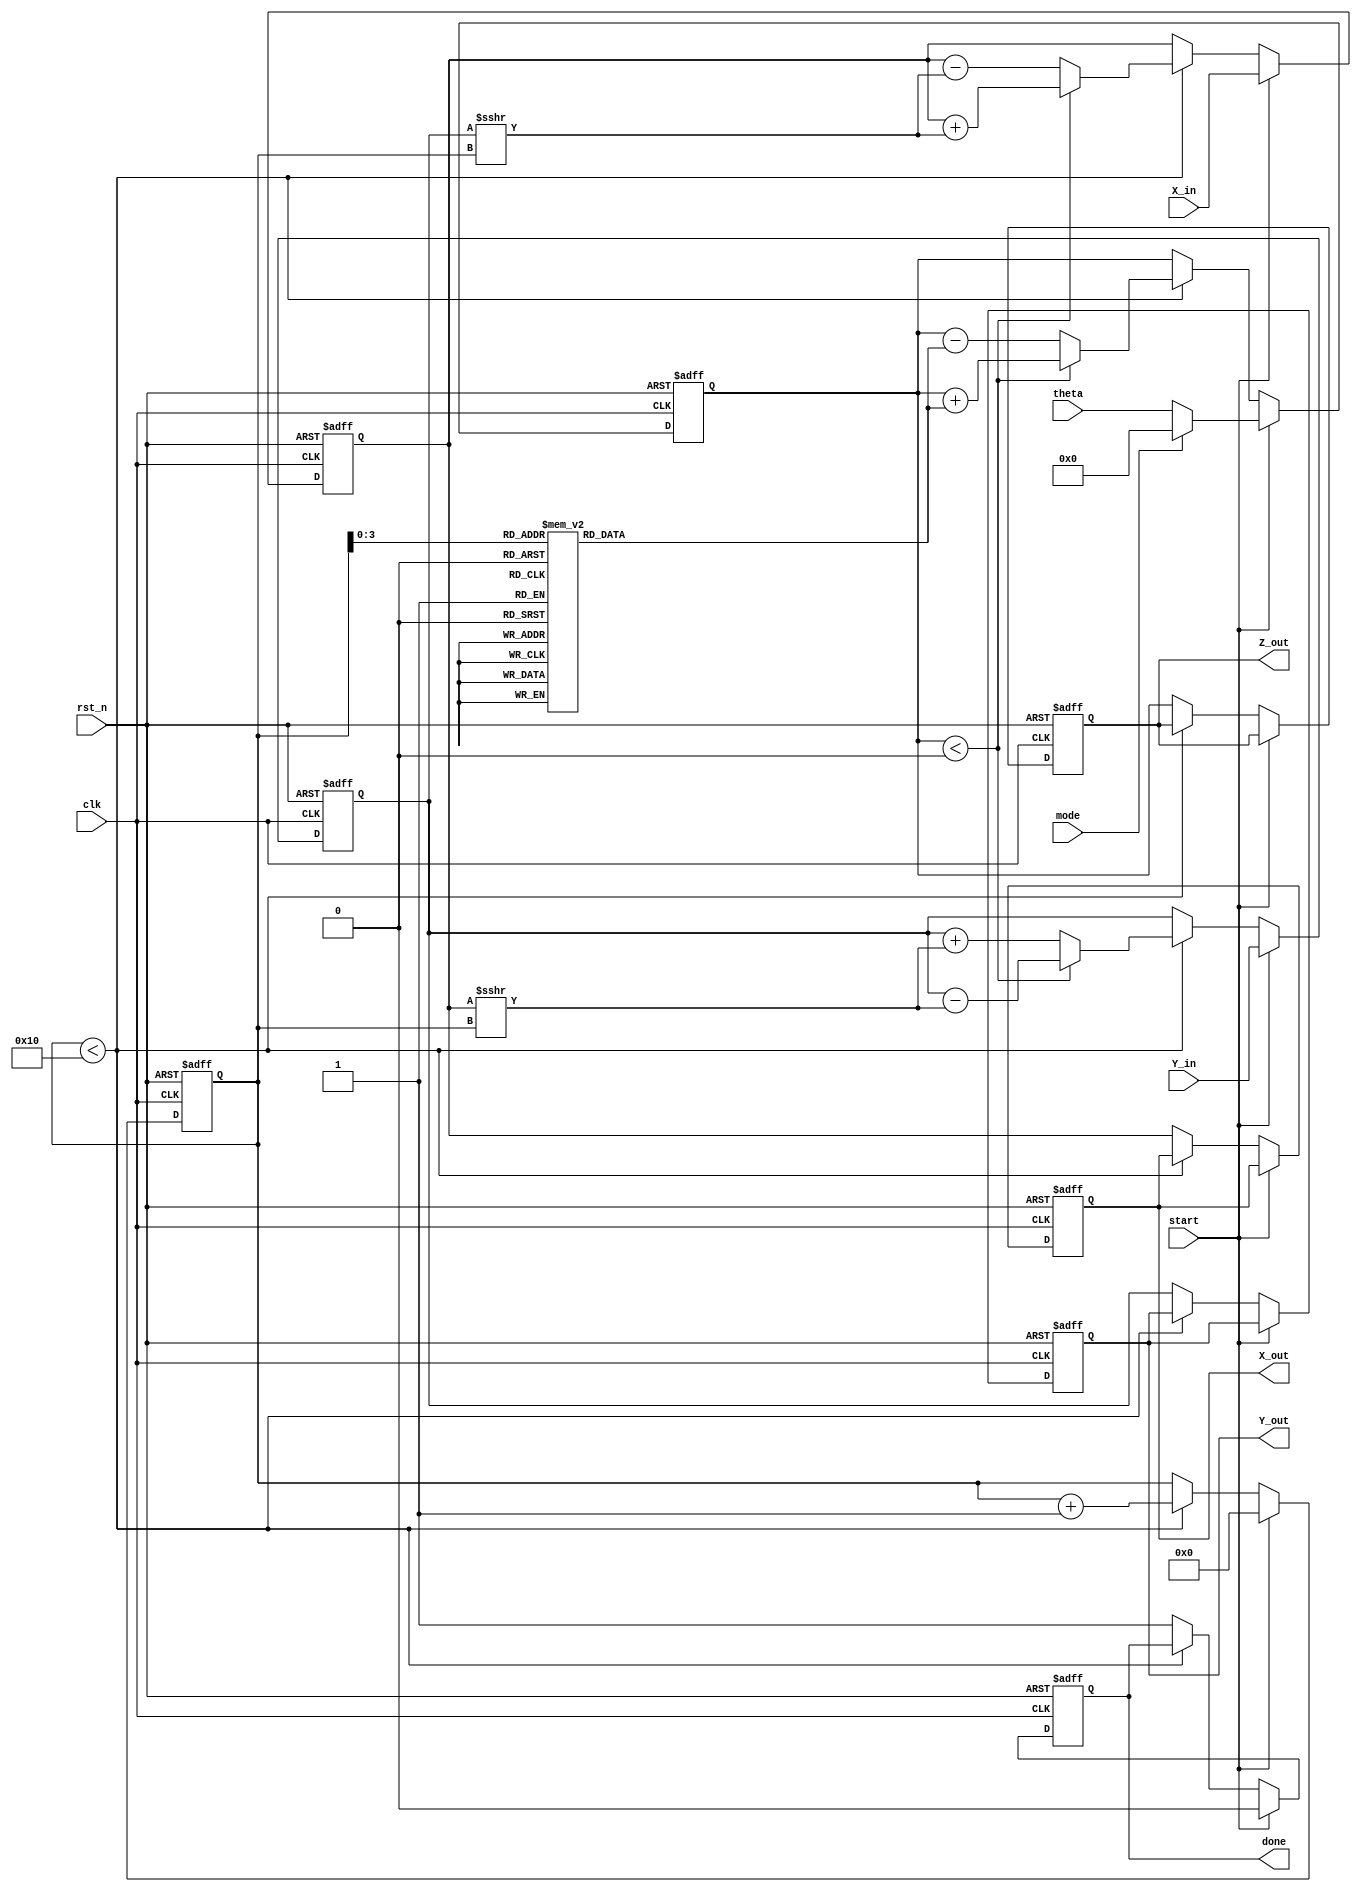
module cordic_fixed_point #(
    parameter WORD_LENGTH = 16,         // Total number of bits
    parameter FRACTIONAL_BITS = 14,     // Number of fractional bits
    parameter ITERATIONS = 16            // Number of iterations
)(
    input wire clk,                      // Clock signal
    input wire rst_n,                    // Active low reset
    input wire start,                    // Start signal
    input wire mode,                     // Mode select (0: rotation, 1: vectoring)
    input wire signed [WORD_LENGTH-1:0] theta, // Angle input (fixed-point)
    input wire signed [WORD_LENGTH-1:0] X_in,   // Initial X input
    input wire signed [WORD_LENGTH-1:0] Y_in,   // Initial Y input
    output reg signed [WORD_LENGTH-1:0] X_out,   // X output
    output reg signed [WORD_LENGTH-1:0] Y_out,   // Y output
    output reg signed [WORD_LENGTH-1:0] Z_out,   // Z output (for vectoring mode)
    output reg done                      // Done signal
);

    // CORDIC constants (arctan values for each iteration)
    reg signed [WORD_LENGTH-1:0] atan_table [0:ITERATIONS-1];
    initial begin
        // Initialize the arctan values (scaled by 2^FRACTIONAL_BITS)
        atan_table[0] = 16'h2000; // atan(2^0) = 0.7854 * 2^14
        atan_table[1] = 16'h1400; // atan(2^-1) = 0.4636 * 2^14
        atan_table[2] = 16'h0A00; // atan(2^-2) = 0.2449 * 2^14
        atan_table[3] = 16'h0500; // atan(2^-3) = 0.1244 * 2^14
        // Continue initializing for all iterations...
        // ...
    end

    // Internal registers
    reg signed [WORD_LENGTH-1:0] x_reg, y_reg, z_reg;
    reg [4:0] iteration_count; // 5 bits to count iterations (up to 31)

    // State machine for CORDIC operation
    always @(posedge clk or negedge rst_n) begin
        if (!rst_n) begin
            // Reset state
            X_out <= 0;
            Y_out <= 0;
            Z_out <= 0;
            done <= 0;
            iteration_count <= 0;
            x_reg <= 0;
            y_reg <= 0;
            z_reg <= 0;
        end else if (start) begin
            // Initialize values
            x_reg <= X_in;
            y_reg <= Y_in;
            z_reg <= mode ? 0 : theta; // Set Z to 0 in rotation mode
            iteration_count <= 0;
            done <= 0;
        end else if (iteration_count < ITERATIONS) begin
            // CORDIC iteration
            if (z_reg < 0) begin
                // Rotate counterclockwise
                x_reg <= x_reg + (y_reg >>> iteration_count);
                y_reg <= y_reg - (x_reg >>> iteration_count);
                z_reg <= z_reg + atan_table[iteration_count];
            end else begin
                // Rotate clockwise
                x_reg <= x_reg - (y_reg >>> iteration_count);
                y_reg <= y_reg + (x_reg >>> iteration_count);
                z_reg <= z_reg - atan_table[iteration_count];
            end
            iteration_count <= iteration_count + 1;
        end else begin
            // Finished iterations
            X_out <= x_reg;
            Y_out <= y_reg;
            Z_out <= z_reg; // Only valid in vectoring mode
            done <= 1;
        end
    end

endmodule